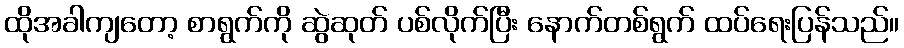
ထိုအခါကျတော့ စာရွက်ကို ဆွဲဆုတ် ပစ်လိုက်ပြီး နောက်တစ်ရွက် ထပ်ရေးပြန်သည်။